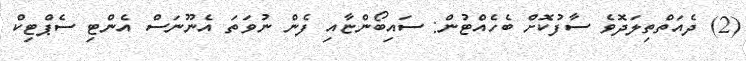
(2) ދެއަތްތިލަދޮވެ ސާފުކޮށް ބެހެއްޓުން: ސައިބޯންޏާއި ފެން ނުވަތަ އެނޫނަސް އެންޓި ސެޕްޓިކް